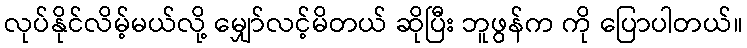
လုပ်နိုင်လိမ့်မယ်လို့ မျှော်လင့်မိတယ် ဆိုပြီး ဘူဖွန်က ကို ပြောပါတယ်။